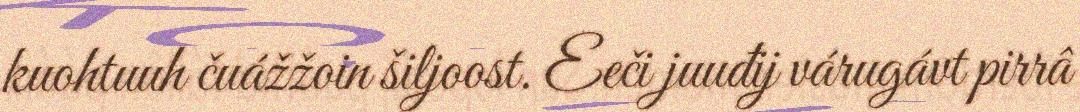
kuohtuuh čuážžoin šiljoost. Eeči juuđij várugávt pirrâ